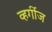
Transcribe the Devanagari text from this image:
व्हर्गीज